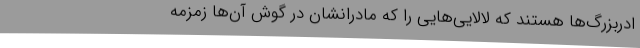
ادربزرگ‌ها هستند که لالایی‌هایی را که مادرانشان در گوش آن‌ها زمزمه